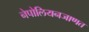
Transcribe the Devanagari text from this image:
नेपोलियनजाणत